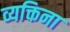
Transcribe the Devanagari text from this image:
व्यक्तिना